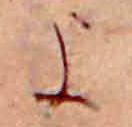
に